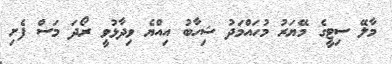
މާލޭ ސިޓީގެ މޭޔަރު މުހައްމަދު ޝިހާބު އިއްޔެ ވިދާޅުވީ ރޯދަ މަސް ފެށި